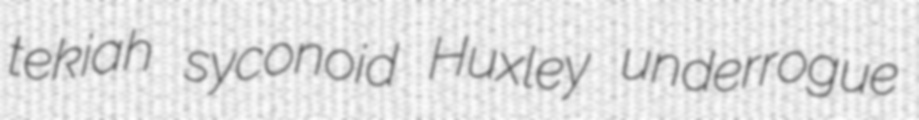
tekiah syconoid Huxley underrogue